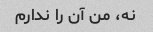
نه، من آن را ندارم